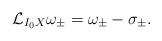
LaTeX: \begin{align*} \mathcal{L}_{I_0X}\omega_{\pm} = \omega_{\pm} - \sigma_{\pm} \rlap{.}\end{align*}